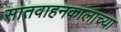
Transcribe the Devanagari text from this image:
सातवाहनकालाच्या